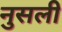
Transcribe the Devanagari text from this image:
नुसली